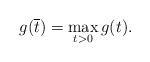
LaTeX: \begin{align*}g(\overline{t})=\mathop{\max}\limits_{t>0}g(t).\end{align*}